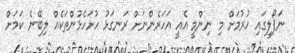
ނަޕޯލީގައި ހުރުމަށް މި ނިންމީ އެއީ އަހަރެންނަށް ރަނގަޅު ހުށަހެޅުންތަކެއް ލިބޭނެ ކަމަށް